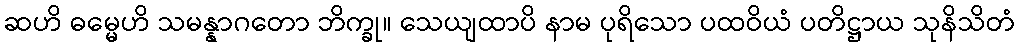
ဆဟိ ဓမ္မေဟိ သမန္နာဂတော ဘိက္ခု။ သေယျထာပိ နာမ ပုရိသော ပထဝိယံ ပတိဋ္ဌာယ သုနိသိတံ